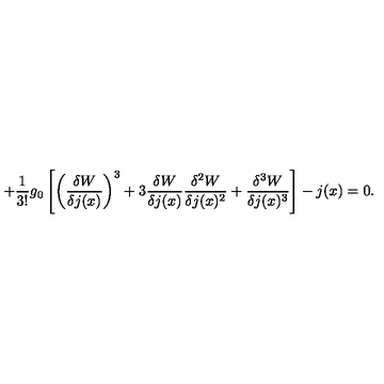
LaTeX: + \frac { 1 } { 3 ! } g _ { 0 } \left[ \left( \frac { \delta W } { \delta j ( x ) } \right) ^ { 3 } + 3 \frac { \delta W } { \delta j ( x ) } \frac { \delta ^ { 2 } W } { \delta j ( x ) ^ { 2 } } + \frac { \delta ^ { 3 } W } { \delta j ( x ) ^ { 3 } } \right] - j ( x ) = 0 .